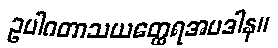
ဥပါဂတာသယတ္ထေရအပဒါန။